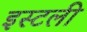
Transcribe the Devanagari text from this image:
इस्टली